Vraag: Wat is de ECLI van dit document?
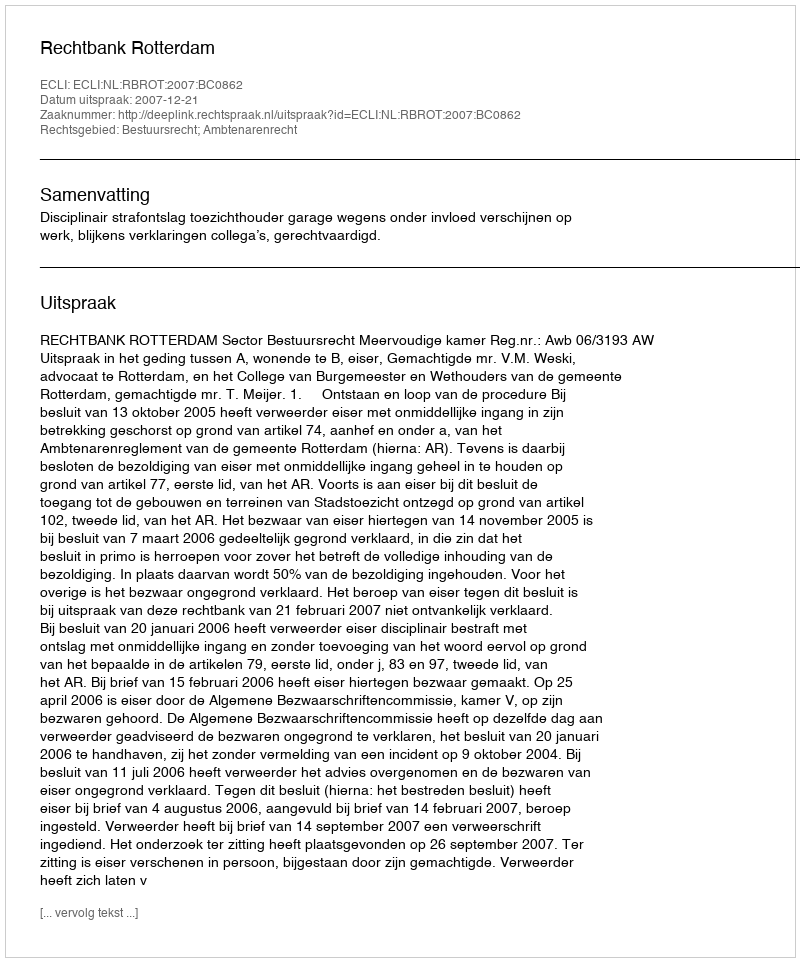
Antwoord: ECLI:NL:RBROT:2007:BC0862